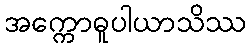
အက္ကောဓူပါယာသိဿ